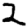
Digit: 2